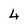
Character: 4